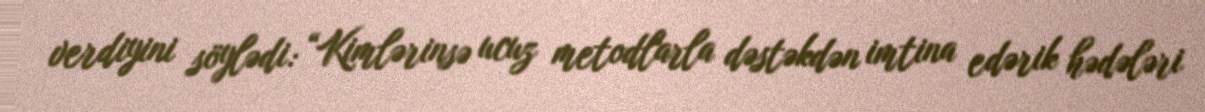
verdiyini söylədi: “Kimlərinsə ucuz metodlarla dəstəkdən imtina edərik hədələri